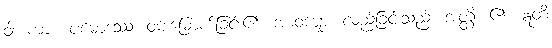
ဝါ၊ ကား။ ပမောဒဿ၊ ဝမ်းမြောက်ခြင်း၏။ အာဝဋ္ဋော၊ လည်ခြင်းသည်။ အတ္ထိ၊ ၏။ ဣတိ